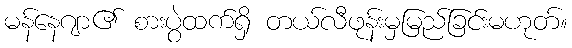
မန်နေဂျာ၏ စားပွဲထက်ရှိ တယ်လီဖုန်းမှမြည်ခြင်းမဟုတ်။